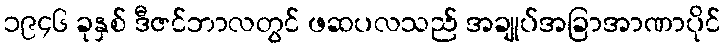
၁၉၄၆ ခုနှစ် ဒီဇင်ဘာလတွင် ဖဆပလသည် အချုပ်အခြာအာဏာပိုင်